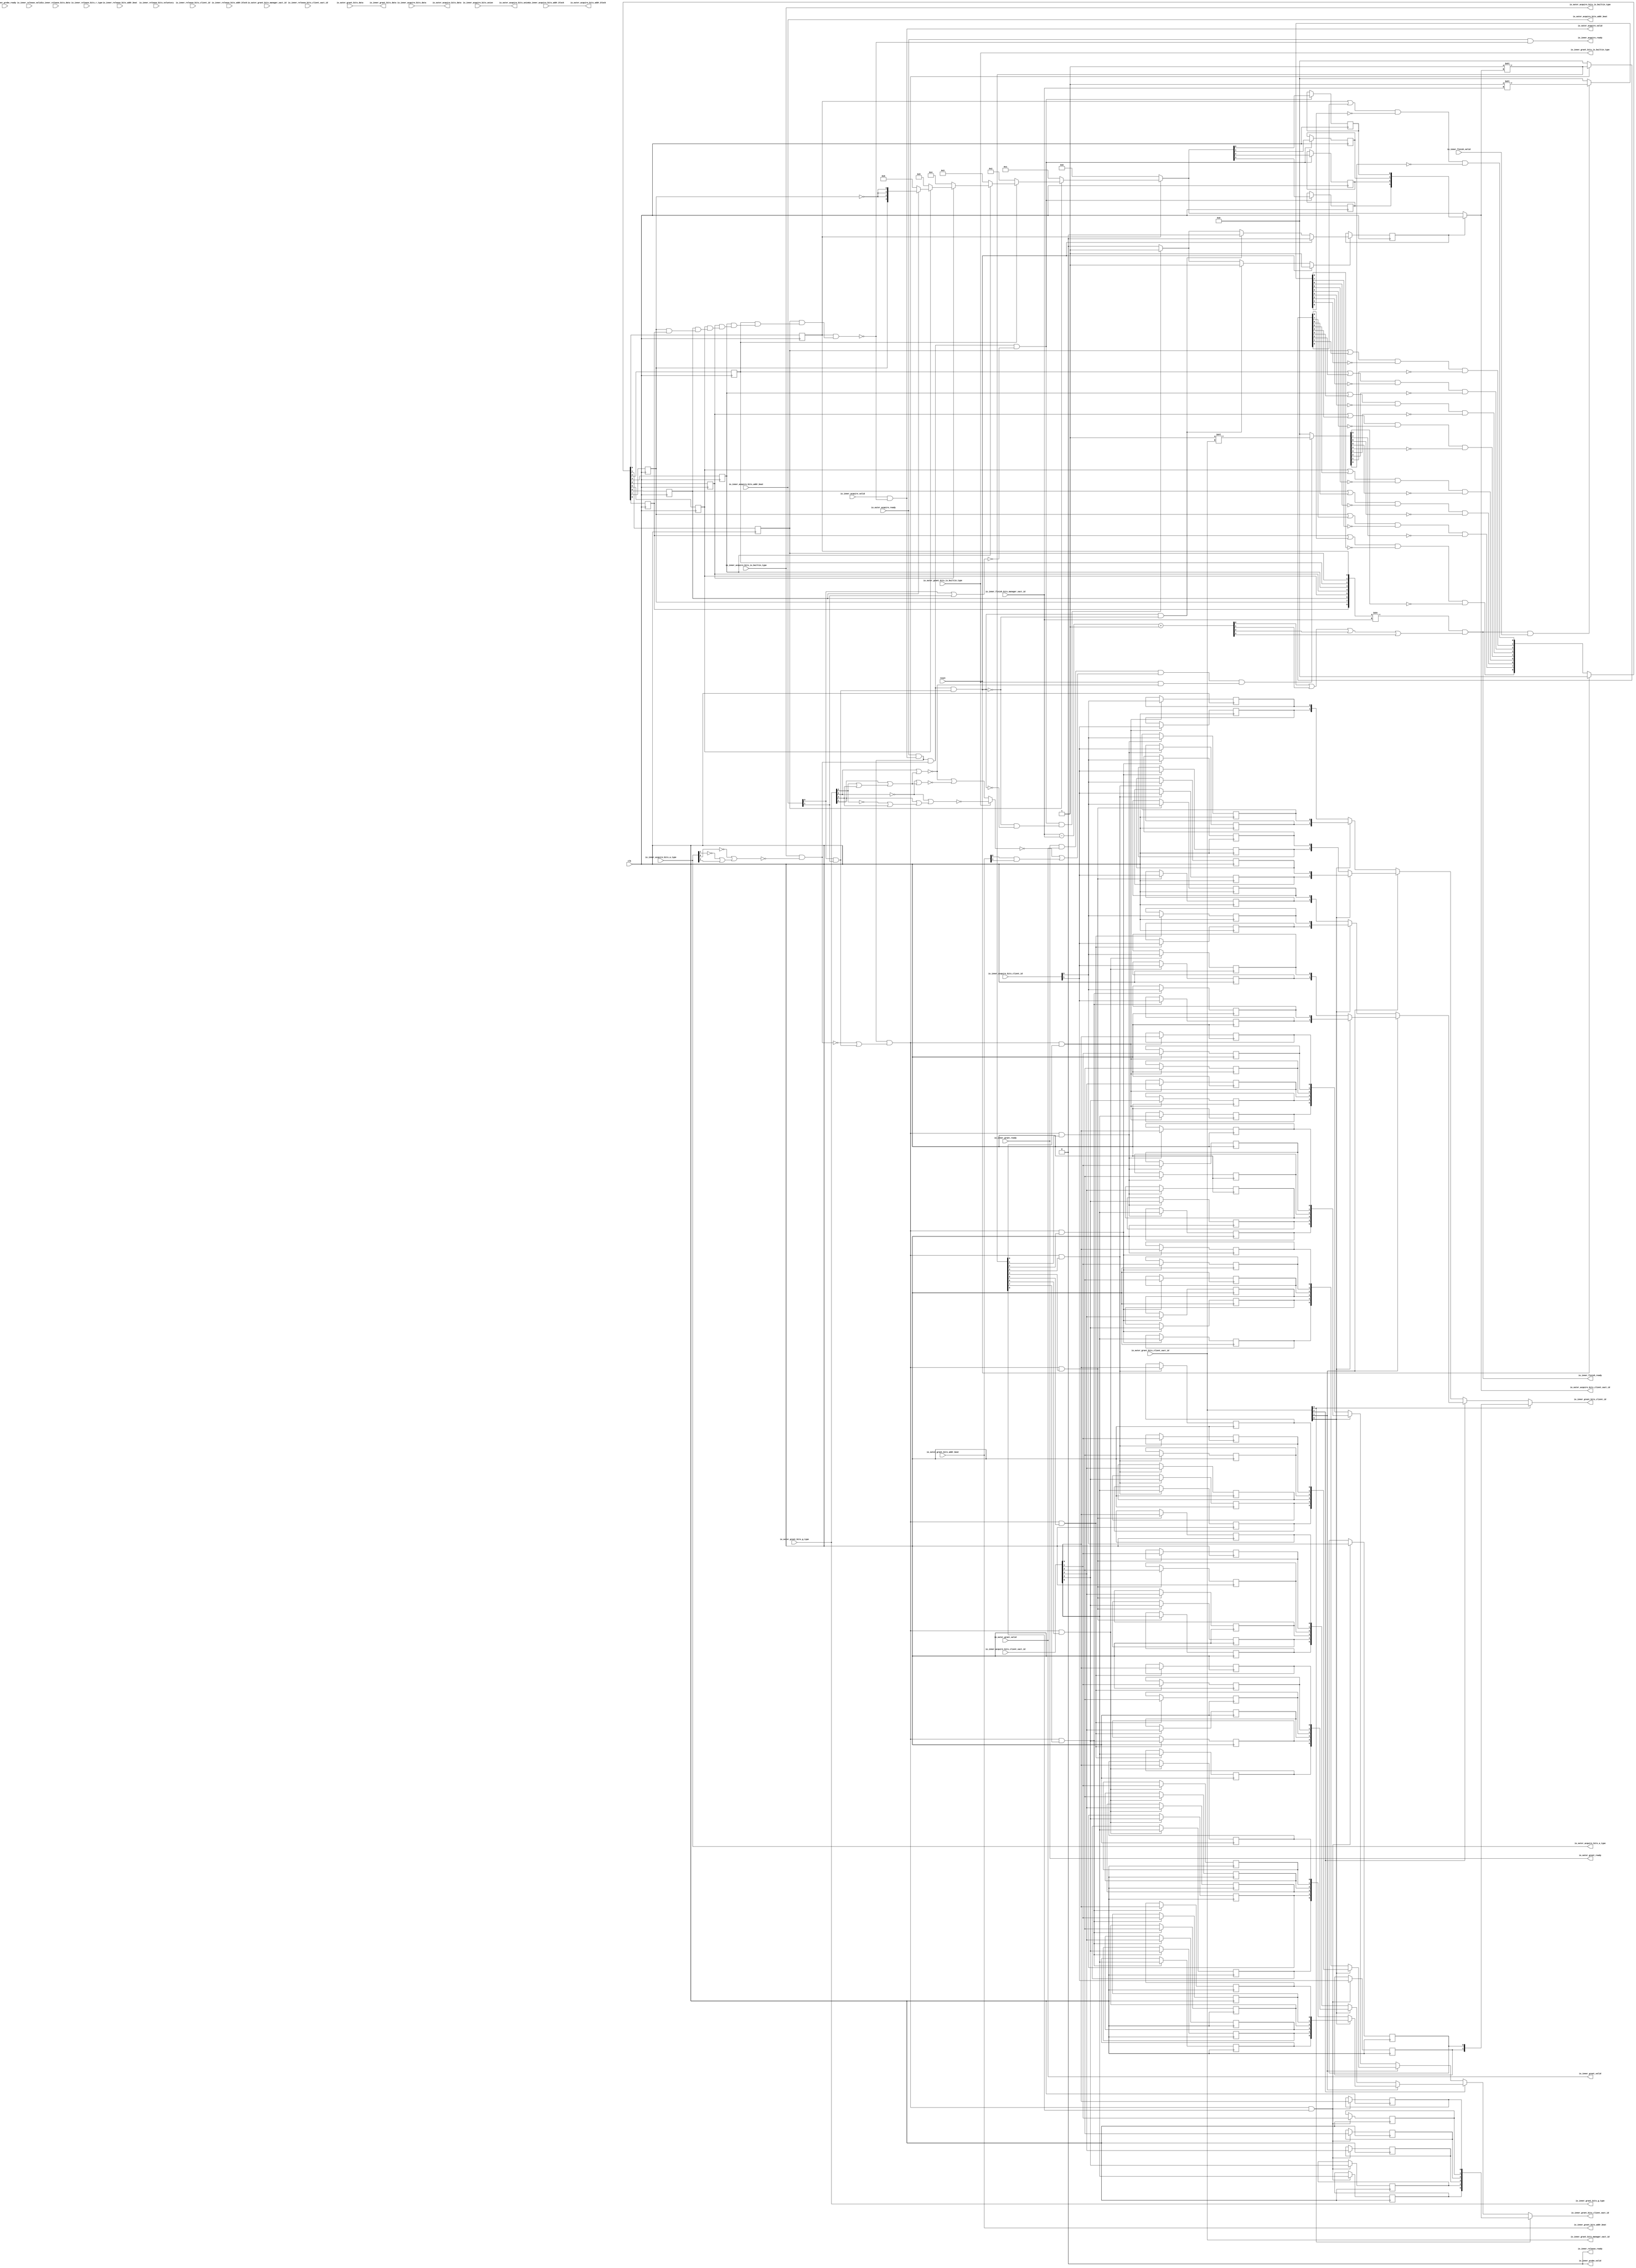
module MMIOTileLinkManager
(
  clk,
  reset,
  io_inner_acquire_ready,
  io_inner_acquire_valid,
  io_inner_acquire_bits_addr_block,
  io_inner_acquire_bits_client_xact_id,
  io_inner_acquire_bits_addr_beat,
  io_inner_acquire_bits_is_builtin_type,
  io_inner_acquire_bits_a_type,
  io_inner_acquire_bits_union,
  io_inner_acquire_bits_data,
  io_inner_acquire_bits_client_id,
  io_inner_grant_ready,
  io_inner_grant_valid,
  io_inner_grant_bits_addr_beat,
  io_inner_grant_bits_client_xact_id,
  io_inner_grant_bits_manager_xact_id,
  io_inner_grant_bits_is_builtin_type,
  io_inner_grant_bits_g_type,
  io_inner_grant_bits_data,
  io_inner_grant_bits_client_id,
  io_inner_finish_ready,
  io_inner_finish_valid,
  io_inner_finish_bits_manager_xact_id,
  io_inner_probe_ready,
  io_inner_probe_valid,
  io_inner_release_ready,
  io_inner_release_valid,
  io_inner_release_bits_addr_beat,
  io_inner_release_bits_addr_block,
  io_inner_release_bits_client_xact_id,
  io_inner_release_bits_voluntary,
  io_inner_release_bits_r_type,
  io_inner_release_bits_data,
  io_inner_release_bits_client_id,
  io_outer_acquire_ready,
  io_outer_acquire_valid,
  io_outer_acquire_bits_addr_block,
  io_outer_acquire_bits_client_xact_id,
  io_outer_acquire_bits_addr_beat,
  io_outer_acquire_bits_is_builtin_type,
  io_outer_acquire_bits_a_type,
  io_outer_acquire_bits_union,
  io_outer_acquire_bits_data,
  io_outer_grant_ready,
  io_outer_grant_valid,
  io_outer_grant_bits_addr_beat,
  io_outer_grant_bits_client_xact_id,
  io_outer_grant_bits_manager_xact_id,
  io_outer_grant_bits_is_builtin_type,
  io_outer_grant_bits_g_type,
  io_outer_grant_bits_data
);

  input [25:0] io_inner_acquire_bits_addr_block;
  input [5:0] io_inner_acquire_bits_client_xact_id;
  input [1:0] io_inner_acquire_bits_addr_beat;
  input [2:0] io_inner_acquire_bits_a_type;
  input [16:0] io_inner_acquire_bits_union;
  input [127:0] io_inner_acquire_bits_data;
  input [1:0] io_inner_acquire_bits_client_id;
  output [1:0] io_inner_grant_bits_addr_beat;
  output [5:0] io_inner_grant_bits_client_xact_id;
  output [3:0] io_inner_grant_bits_manager_xact_id;
  output [3:0] io_inner_grant_bits_g_type;
  output [127:0] io_inner_grant_bits_data;
  output [1:0] io_inner_grant_bits_client_id;
  input [3:0] io_inner_finish_bits_manager_xact_id;
  input [1:0] io_inner_release_bits_addr_beat;
  input [25:0] io_inner_release_bits_addr_block;
  input [5:0] io_inner_release_bits_client_xact_id;
  input [2:0] io_inner_release_bits_r_type;
  input [127:0] io_inner_release_bits_data;
  input [1:0] io_inner_release_bits_client_id;
  output [25:0] io_outer_acquire_bits_addr_block;
  output [3:0] io_outer_acquire_bits_client_xact_id;
  output [1:0] io_outer_acquire_bits_addr_beat;
  output [2:0] io_outer_acquire_bits_a_type;
  output [16:0] io_outer_acquire_bits_union;
  output [127:0] io_outer_acquire_bits_data;
  input [1:0] io_outer_grant_bits_addr_beat;
  input [3:0] io_outer_grant_bits_client_xact_id;
  input [3:0] io_outer_grant_bits_g_type;
  input [127:0] io_outer_grant_bits_data;
  input clk;
  input reset;
  input io_inner_acquire_valid;
  input io_inner_acquire_bits_is_builtin_type;
  input io_inner_grant_ready;
  input io_inner_finish_valid;
  input io_inner_probe_ready;
  input io_inner_release_valid;
  input io_inner_release_bits_voluntary;
  input io_outer_acquire_ready;
  input io_outer_grant_valid;
  input io_outer_grant_bits_manager_xact_id;
  input io_outer_grant_bits_is_builtin_type;
  output io_inner_acquire_ready;
  output io_inner_grant_valid;
  output io_inner_grant_bits_is_builtin_type;
  output io_inner_finish_ready;
  output io_inner_probe_valid;
  output io_inner_release_ready;
  output io_outer_acquire_valid;
  output io_outer_acquire_bits_is_builtin_type;
  output io_outer_grant_ready;
  wire [1:0] io_inner_grant_bits_addr_beat,io_inner_grant_bits_client_id,
  io_outer_acquire_bits_addr_beat,T52,T81,T53,T72,T54,T90,T82;
  wire [5:0] io_inner_grant_bits_client_xact_id,T105,T120,T106,T113,T107,T127,T121;
  wire [3:0] io_inner_grant_bits_manager_xact_id,io_inner_grant_bits_g_type,
  io_outer_acquire_bits_client_xact_id,T139,T140,T141,T142,T143,T144,T145,T48,T49;
  wire [127:0] io_inner_grant_bits_data,io_outer_acquire_bits_data;
  wire [25:0] io_outer_acquire_bits_addr_block;
  wire [2:0] io_outer_acquire_bits_a_type;
  wire [16:0] io_outer_acquire_bits_union;
  wire io_inner_acquire_ready,io_inner_grant_valid,io_inner_grant_bits_is_builtin_type,
  io_inner_finish_ready,io_inner_probe_valid,io_inner_release_ready,
  io_outer_acquire_valid,io_outer_acquire_bits_is_builtin_type,io_outer_grant_ready,N0,N1,N2,N3,
  N4,N5,N6,N7,N8,N9,N10,N11,N12,N13,N14,N15,N16,N17,N18,N19,N20,N21,N22,N23,N24,
  N25,N26,N27,N28,N29,N30,N31,N32,N33,io_outer_grant_valid,
  io_outer_grant_bits_is_builtin_type,io_inner_acquire_bits_is_builtin_type,io_inner_grant_ready,N34,N35,
  N36,N37,N38,N39,N40,N41,N42,N43,T5,N44,T10,T6,T7,T8,T19,T11,T13,T14,N45,T15,T24,
  N46,T28,N47,T34,T29,T31,T32,multibeat_start,multibeat_fire,T39,T37,multibeat_end,
  xact_free,T50,T46,T47,N48,N49,N50,N51,N52,N53,N54,T56,T60,T66,T61,T63,T64,T68,
  T74,T77,T84,T87,T92,T95,T101,T109,T111,T115,T117,T123,T125,T129,T131,T136,N55,N56,
  N57,N58,N59,N60,N61,N62,N63,N64,N65,N66,N67,N68,N69,N70,N71,N72,N73,N74,N75,N76,
  N77,N78,N79,N80,N81,N82,N83,N84,N85,N86,N87,N88,N89,N90,N91,N92,N93,N94,N95,N96,
  N97,N98,N99,N100,N101,N102,N103,N104,N105,N106,N107,SV2V_UNCONNECTED_1,
  SV2V_UNCONNECTED_2,SV2V_UNCONNECTED_3,SV2V_UNCONNECTED_4,
  SV2V_UNCONNECTED_5,SV2V_UNCONNECTED_6,SV2V_UNCONNECTED_7,SV2V_UNCONNECTED_8;
  wire [3:2] T146;
  wire [7:0] T0;
  wire [8:0] T148,T1,T20,T2,T3,T4,T25,T21,T22,T23,T26,T27,T58;
  reg [8:0] T150;
  reg [3:0] xact_id_reg;
  reg xact_multibeat;
  reg [1:0] xact_buffer_0_client_id,xact_buffer_1_client_id,xact_buffer_2_client_id,
  xact_buffer_3_client_id,xact_buffer_4_client_id,xact_buffer_5_client_id,
  xact_buffer_6_client_id,xact_buffer_7_client_id,xact_buffer_8_client_id;
  reg [5:0] xact_buffer_0_client_xact_id,xact_buffer_1_client_xact_id,
  xact_buffer_2_client_xact_id,xact_buffer_3_client_xact_id,xact_buffer_4_client_xact_id,
  xact_buffer_5_client_xact_id,xact_buffer_6_client_xact_id,xact_buffer_7_client_xact_id,
  xact_buffer_8_client_xact_id;
  assign io_inner_probe_valid = 1'b0;
  assign io_inner_release_ready = 1'b0;
  assign io_inner_grant_valid = io_outer_grant_valid;
  assign io_inner_grant_bits_addr_beat[1] = io_outer_grant_bits_addr_beat[1];
  assign io_inner_grant_bits_addr_beat[0] = io_outer_grant_bits_addr_beat[0];
  assign io_inner_grant_bits_manager_xact_id[3] = io_outer_grant_bits_client_xact_id[3];
  assign io_inner_grant_bits_manager_xact_id[2] = io_outer_grant_bits_client_xact_id[2];
  assign io_inner_grant_bits_manager_xact_id[1] = io_outer_grant_bits_client_xact_id[1];
  assign io_inner_grant_bits_manager_xact_id[0] = io_outer_grant_bits_client_xact_id[0];
  assign io_inner_grant_bits_is_builtin_type = io_outer_grant_bits_is_builtin_type;
  assign io_inner_grant_bits_g_type[3] = io_outer_grant_bits_g_type[3];
  assign io_inner_grant_bits_g_type[2] = io_outer_grant_bits_g_type[2];
  assign io_inner_grant_bits_g_type[1] = io_outer_grant_bits_g_type[1];
  assign io_inner_grant_bits_g_type[0] = io_outer_grant_bits_g_type[0];
  assign io_inner_grant_bits_data[127] = io_outer_grant_bits_data[127];
  assign io_inner_grant_bits_data[126] = io_outer_grant_bits_data[126];
  assign io_inner_grant_bits_data[125] = io_outer_grant_bits_data[125];
  assign io_inner_grant_bits_data[124] = io_outer_grant_bits_data[124];
  assign io_inner_grant_bits_data[123] = io_outer_grant_bits_data[123];
  assign io_inner_grant_bits_data[122] = io_outer_grant_bits_data[122];
  assign io_inner_grant_bits_data[121] = io_outer_grant_bits_data[121];
  assign io_inner_grant_bits_data[120] = io_outer_grant_bits_data[120];
  assign io_inner_grant_bits_data[119] = io_outer_grant_bits_data[119];
  assign io_inner_grant_bits_data[118] = io_outer_grant_bits_data[118];
  assign io_inner_grant_bits_data[117] = io_outer_grant_bits_data[117];
  assign io_inner_grant_bits_data[116] = io_outer_grant_bits_data[116];
  assign io_inner_grant_bits_data[115] = io_outer_grant_bits_data[115];
  assign io_inner_grant_bits_data[114] = io_outer_grant_bits_data[114];
  assign io_inner_grant_bits_data[113] = io_outer_grant_bits_data[113];
  assign io_inner_grant_bits_data[112] = io_outer_grant_bits_data[112];
  assign io_inner_grant_bits_data[111] = io_outer_grant_bits_data[111];
  assign io_inner_grant_bits_data[110] = io_outer_grant_bits_data[110];
  assign io_inner_grant_bits_data[109] = io_outer_grant_bits_data[109];
  assign io_inner_grant_bits_data[108] = io_outer_grant_bits_data[108];
  assign io_inner_grant_bits_data[107] = io_outer_grant_bits_data[107];
  assign io_inner_grant_bits_data[106] = io_outer_grant_bits_data[106];
  assign io_inner_grant_bits_data[105] = io_outer_grant_bits_data[105];
  assign io_inner_grant_bits_data[104] = io_outer_grant_bits_data[104];
  assign io_inner_grant_bits_data[103] = io_outer_grant_bits_data[103];
  assign io_inner_grant_bits_data[102] = io_outer_grant_bits_data[102];
  assign io_inner_grant_bits_data[101] = io_outer_grant_bits_data[101];
  assign io_inner_grant_bits_data[100] = io_outer_grant_bits_data[100];
  assign io_inner_grant_bits_data[99] = io_outer_grant_bits_data[99];
  assign io_inner_grant_bits_data[98] = io_outer_grant_bits_data[98];
  assign io_inner_grant_bits_data[97] = io_outer_grant_bits_data[97];
  assign io_inner_grant_bits_data[96] = io_outer_grant_bits_data[96];
  assign io_inner_grant_bits_data[95] = io_outer_grant_bits_data[95];
  assign io_inner_grant_bits_data[94] = io_outer_grant_bits_data[94];
  assign io_inner_grant_bits_data[93] = io_outer_grant_bits_data[93];
  assign io_inner_grant_bits_data[92] = io_outer_grant_bits_data[92];
  assign io_inner_grant_bits_data[91] = io_outer_grant_bits_data[91];
  assign io_inner_grant_bits_data[90] = io_outer_grant_bits_data[90];
  assign io_inner_grant_bits_data[89] = io_outer_grant_bits_data[89];
  assign io_inner_grant_bits_data[88] = io_outer_grant_bits_data[88];
  assign io_inner_grant_bits_data[87] = io_outer_grant_bits_data[87];
  assign io_inner_grant_bits_data[86] = io_outer_grant_bits_data[86];
  assign io_inner_grant_bits_data[85] = io_outer_grant_bits_data[85];
  assign io_inner_grant_bits_data[84] = io_outer_grant_bits_data[84];
  assign io_inner_grant_bits_data[83] = io_outer_grant_bits_data[83];
  assign io_inner_grant_bits_data[82] = io_outer_grant_bits_data[82];
  assign io_inner_grant_bits_data[81] = io_outer_grant_bits_data[81];
  assign io_inner_grant_bits_data[80] = io_outer_grant_bits_data[80];
  assign io_inner_grant_bits_data[79] = io_outer_grant_bits_data[79];
  assign io_inner_grant_bits_data[78] = io_outer_grant_bits_data[78];
  assign io_inner_grant_bits_data[77] = io_outer_grant_bits_data[77];
  assign io_inner_grant_bits_data[76] = io_outer_grant_bits_data[76];
  assign io_inner_grant_bits_data[75] = io_outer_grant_bits_data[75];
  assign io_inner_grant_bits_data[74] = io_outer_grant_bits_data[74];
  assign io_inner_grant_bits_data[73] = io_outer_grant_bits_data[73];
  assign io_inner_grant_bits_data[72] = io_outer_grant_bits_data[72];
  assign io_inner_grant_bits_data[71] = io_outer_grant_bits_data[71];
  assign io_inner_grant_bits_data[70] = io_outer_grant_bits_data[70];
  assign io_inner_grant_bits_data[69] = io_outer_grant_bits_data[69];
  assign io_inner_grant_bits_data[68] = io_outer_grant_bits_data[68];
  assign io_inner_grant_bits_data[67] = io_outer_grant_bits_data[67];
  assign io_inner_grant_bits_data[66] = io_outer_grant_bits_data[66];
  assign io_inner_grant_bits_data[65] = io_outer_grant_bits_data[65];
  assign io_inner_grant_bits_data[64] = io_outer_grant_bits_data[64];
  assign io_inner_grant_bits_data[63] = io_outer_grant_bits_data[63];
  assign io_inner_grant_bits_data[62] = io_outer_grant_bits_data[62];
  assign io_inner_grant_bits_data[61] = io_outer_grant_bits_data[61];
  assign io_inner_grant_bits_data[60] = io_outer_grant_bits_data[60];
  assign io_inner_grant_bits_data[59] = io_outer_grant_bits_data[59];
  assign io_inner_grant_bits_data[58] = io_outer_grant_bits_data[58];
  assign io_inner_grant_bits_data[57] = io_outer_grant_bits_data[57];
  assign io_inner_grant_bits_data[56] = io_outer_grant_bits_data[56];
  assign io_inner_grant_bits_data[55] = io_outer_grant_bits_data[55];
  assign io_inner_grant_bits_data[54] = io_outer_grant_bits_data[54];
  assign io_inner_grant_bits_data[53] = io_outer_grant_bits_data[53];
  assign io_inner_grant_bits_data[52] = io_outer_grant_bits_data[52];
  assign io_inner_grant_bits_data[51] = io_outer_grant_bits_data[51];
  assign io_inner_grant_bits_data[50] = io_outer_grant_bits_data[50];
  assign io_inner_grant_bits_data[49] = io_outer_grant_bits_data[49];
  assign io_inner_grant_bits_data[48] = io_outer_grant_bits_data[48];
  assign io_inner_grant_bits_data[47] = io_outer_grant_bits_data[47];
  assign io_inner_grant_bits_data[46] = io_outer_grant_bits_data[46];
  assign io_inner_grant_bits_data[45] = io_outer_grant_bits_data[45];
  assign io_inner_grant_bits_data[44] = io_outer_grant_bits_data[44];
  assign io_inner_grant_bits_data[43] = io_outer_grant_bits_data[43];
  assign io_inner_grant_bits_data[42] = io_outer_grant_bits_data[42];
  assign io_inner_grant_bits_data[41] = io_outer_grant_bits_data[41];
  assign io_inner_grant_bits_data[40] = io_outer_grant_bits_data[40];
  assign io_inner_grant_bits_data[39] = io_outer_grant_bits_data[39];
  assign io_inner_grant_bits_data[38] = io_outer_grant_bits_data[38];
  assign io_inner_grant_bits_data[37] = io_outer_grant_bits_data[37];
  assign io_inner_grant_bits_data[36] = io_outer_grant_bits_data[36];
  assign io_inner_grant_bits_data[35] = io_outer_grant_bits_data[35];
  assign io_inner_grant_bits_data[34] = io_outer_grant_bits_data[34];
  assign io_inner_grant_bits_data[33] = io_outer_grant_bits_data[33];
  assign io_inner_grant_bits_data[32] = io_outer_grant_bits_data[32];
  assign io_inner_grant_bits_data[31] = io_outer_grant_bits_data[31];
  assign io_inner_grant_bits_data[30] = io_outer_grant_bits_data[30];
  assign io_inner_grant_bits_data[29] = io_outer_grant_bits_data[29];
  assign io_inner_grant_bits_data[28] = io_outer_grant_bits_data[28];
  assign io_inner_grant_bits_data[27] = io_outer_grant_bits_data[27];
  assign io_inner_grant_bits_data[26] = io_outer_grant_bits_data[26];
  assign io_inner_grant_bits_data[25] = io_outer_grant_bits_data[25];
  assign io_inner_grant_bits_data[24] = io_outer_grant_bits_data[24];
  assign io_inner_grant_bits_data[23] = io_outer_grant_bits_data[23];
  assign io_inner_grant_bits_data[22] = io_outer_grant_bits_data[22];
  assign io_inner_grant_bits_data[21] = io_outer_grant_bits_data[21];
  assign io_inner_grant_bits_data[20] = io_outer_grant_bits_data[20];
  assign io_inner_grant_bits_data[19] = io_outer_grant_bits_data[19];
  assign io_inner_grant_bits_data[18] = io_outer_grant_bits_data[18];
  assign io_inner_grant_bits_data[17] = io_outer_grant_bits_data[17];
  assign io_inner_grant_bits_data[16] = io_outer_grant_bits_data[16];
  assign io_inner_grant_bits_data[15] = io_outer_grant_bits_data[15];
  assign io_inner_grant_bits_data[14] = io_outer_grant_bits_data[14];
  assign io_inner_grant_bits_data[13] = io_outer_grant_bits_data[13];
  assign io_inner_grant_bits_data[12] = io_outer_grant_bits_data[12];
  assign io_inner_grant_bits_data[11] = io_outer_grant_bits_data[11];
  assign io_inner_grant_bits_data[10] = io_outer_grant_bits_data[10];
  assign io_inner_grant_bits_data[9] = io_outer_grant_bits_data[9];
  assign io_inner_grant_bits_data[8] = io_outer_grant_bits_data[8];
  assign io_inner_grant_bits_data[7] = io_outer_grant_bits_data[7];
  assign io_inner_grant_bits_data[6] = io_outer_grant_bits_data[6];
  assign io_inner_grant_bits_data[5] = io_outer_grant_bits_data[5];
  assign io_inner_grant_bits_data[4] = io_outer_grant_bits_data[4];
  assign io_inner_grant_bits_data[3] = io_outer_grant_bits_data[3];
  assign io_inner_grant_bits_data[2] = io_outer_grant_bits_data[2];
  assign io_inner_grant_bits_data[1] = io_outer_grant_bits_data[1];
  assign io_inner_grant_bits_data[0] = io_outer_grant_bits_data[0];
  assign io_outer_acquire_bits_addr_block[25] = io_inner_acquire_bits_addr_block[25];
  assign io_outer_acquire_bits_addr_block[24] = io_inner_acquire_bits_addr_block[24];
  assign io_outer_acquire_bits_addr_block[23] = io_inner_acquire_bits_addr_block[23];
  assign io_outer_acquire_bits_addr_block[22] = io_inner_acquire_bits_addr_block[22];
  assign io_outer_acquire_bits_addr_block[21] = io_inner_acquire_bits_addr_block[21];
  assign io_outer_acquire_bits_addr_block[20] = io_inner_acquire_bits_addr_block[20];
  assign io_outer_acquire_bits_addr_block[19] = io_inner_acquire_bits_addr_block[19];
  assign io_outer_acquire_bits_addr_block[18] = io_inner_acquire_bits_addr_block[18];
  assign io_outer_acquire_bits_addr_block[17] = io_inner_acquire_bits_addr_block[17];
  assign io_outer_acquire_bits_addr_block[16] = io_inner_acquire_bits_addr_block[16];
  assign io_outer_acquire_bits_addr_block[15] = io_inner_acquire_bits_addr_block[15];
  assign io_outer_acquire_bits_addr_block[14] = io_inner_acquire_bits_addr_block[14];
  assign io_outer_acquire_bits_addr_block[13] = io_inner_acquire_bits_addr_block[13];
  assign io_outer_acquire_bits_addr_block[12] = io_inner_acquire_bits_addr_block[12];
  assign io_outer_acquire_bits_addr_block[11] = io_inner_acquire_bits_addr_block[11];
  assign io_outer_acquire_bits_addr_block[10] = io_inner_acquire_bits_addr_block[10];
  assign io_outer_acquire_bits_addr_block[9] = io_inner_acquire_bits_addr_block[9];
  assign io_outer_acquire_bits_addr_block[8] = io_inner_acquire_bits_addr_block[8];
  assign io_outer_acquire_bits_addr_block[7] = io_inner_acquire_bits_addr_block[7];
  assign io_outer_acquire_bits_addr_block[6] = io_inner_acquire_bits_addr_block[6];
  assign io_outer_acquire_bits_addr_block[5] = io_inner_acquire_bits_addr_block[5];
  assign io_outer_acquire_bits_addr_block[4] = io_inner_acquire_bits_addr_block[4];
  assign io_outer_acquire_bits_addr_block[3] = io_inner_acquire_bits_addr_block[3];
  assign io_outer_acquire_bits_addr_block[2] = io_inner_acquire_bits_addr_block[2];
  assign io_outer_acquire_bits_addr_block[1] = io_inner_acquire_bits_addr_block[1];
  assign io_outer_acquire_bits_addr_block[0] = io_inner_acquire_bits_addr_block[0];
  assign io_outer_acquire_bits_addr_beat[1] = io_inner_acquire_bits_addr_beat[1];
  assign io_outer_acquire_bits_addr_beat[0] = io_inner_acquire_bits_addr_beat[0];
  assign io_outer_acquire_bits_is_builtin_type = io_inner_acquire_bits_is_builtin_type;
  assign io_outer_acquire_bits_a_type[2] = io_inner_acquire_bits_a_type[2];
  assign io_outer_acquire_bits_a_type[1] = io_inner_acquire_bits_a_type[1];
  assign io_outer_acquire_bits_a_type[0] = io_inner_acquire_bits_a_type[0];
  assign io_outer_acquire_bits_union[16] = io_inner_acquire_bits_union[16];
  assign io_outer_acquire_bits_union[15] = io_inner_acquire_bits_union[15];
  assign io_outer_acquire_bits_union[14] = io_inner_acquire_bits_union[14];
  assign io_outer_acquire_bits_union[13] = io_inner_acquire_bits_union[13];
  assign io_outer_acquire_bits_union[12] = io_inner_acquire_bits_union[12];
  assign io_outer_acquire_bits_union[11] = io_inner_acquire_bits_union[11];
  assign io_outer_acquire_bits_union[10] = io_inner_acquire_bits_union[10];
  assign io_outer_acquire_bits_union[9] = io_inner_acquire_bits_union[9];
  assign io_outer_acquire_bits_union[8] = io_inner_acquire_bits_union[8];
  assign io_outer_acquire_bits_union[7] = io_inner_acquire_bits_union[7];
  assign io_outer_acquire_bits_union[6] = io_inner_acquire_bits_union[6];
  assign io_outer_acquire_bits_union[5] = io_inner_acquire_bits_union[5];
  assign io_outer_acquire_bits_union[4] = io_inner_acquire_bits_union[4];
  assign io_outer_acquire_bits_union[3] = io_inner_acquire_bits_union[3];
  assign io_outer_acquire_bits_union[2] = io_inner_acquire_bits_union[2];
  assign io_outer_acquire_bits_union[1] = io_inner_acquire_bits_union[1];
  assign io_outer_acquire_bits_union[0] = io_inner_acquire_bits_union[0];
  assign io_outer_acquire_bits_data[127] = io_inner_acquire_bits_data[127];
  assign io_outer_acquire_bits_data[126] = io_inner_acquire_bits_data[126];
  assign io_outer_acquire_bits_data[125] = io_inner_acquire_bits_data[125];
  assign io_outer_acquire_bits_data[124] = io_inner_acquire_bits_data[124];
  assign io_outer_acquire_bits_data[123] = io_inner_acquire_bits_data[123];
  assign io_outer_acquire_bits_data[122] = io_inner_acquire_bits_data[122];
  assign io_outer_acquire_bits_data[121] = io_inner_acquire_bits_data[121];
  assign io_outer_acquire_bits_data[120] = io_inner_acquire_bits_data[120];
  assign io_outer_acquire_bits_data[119] = io_inner_acquire_bits_data[119];
  assign io_outer_acquire_bits_data[118] = io_inner_acquire_bits_data[118];
  assign io_outer_acquire_bits_data[117] = io_inner_acquire_bits_data[117];
  assign io_outer_acquire_bits_data[116] = io_inner_acquire_bits_data[116];
  assign io_outer_acquire_bits_data[115] = io_inner_acquire_bits_data[115];
  assign io_outer_acquire_bits_data[114] = io_inner_acquire_bits_data[114];
  assign io_outer_acquire_bits_data[113] = io_inner_acquire_bits_data[113];
  assign io_outer_acquire_bits_data[112] = io_inner_acquire_bits_data[112];
  assign io_outer_acquire_bits_data[111] = io_inner_acquire_bits_data[111];
  assign io_outer_acquire_bits_data[110] = io_inner_acquire_bits_data[110];
  assign io_outer_acquire_bits_data[109] = io_inner_acquire_bits_data[109];
  assign io_outer_acquire_bits_data[108] = io_inner_acquire_bits_data[108];
  assign io_outer_acquire_bits_data[107] = io_inner_acquire_bits_data[107];
  assign io_outer_acquire_bits_data[106] = io_inner_acquire_bits_data[106];
  assign io_outer_acquire_bits_data[105] = io_inner_acquire_bits_data[105];
  assign io_outer_acquire_bits_data[104] = io_inner_acquire_bits_data[104];
  assign io_outer_acquire_bits_data[103] = io_inner_acquire_bits_data[103];
  assign io_outer_acquire_bits_data[102] = io_inner_acquire_bits_data[102];
  assign io_outer_acquire_bits_data[101] = io_inner_acquire_bits_data[101];
  assign io_outer_acquire_bits_data[100] = io_inner_acquire_bits_data[100];
  assign io_outer_acquire_bits_data[99] = io_inner_acquire_bits_data[99];
  assign io_outer_acquire_bits_data[98] = io_inner_acquire_bits_data[98];
  assign io_outer_acquire_bits_data[97] = io_inner_acquire_bits_data[97];
  assign io_outer_acquire_bits_data[96] = io_inner_acquire_bits_data[96];
  assign io_outer_acquire_bits_data[95] = io_inner_acquire_bits_data[95];
  assign io_outer_acquire_bits_data[94] = io_inner_acquire_bits_data[94];
  assign io_outer_acquire_bits_data[93] = io_inner_acquire_bits_data[93];
  assign io_outer_acquire_bits_data[92] = io_inner_acquire_bits_data[92];
  assign io_outer_acquire_bits_data[91] = io_inner_acquire_bits_data[91];
  assign io_outer_acquire_bits_data[90] = io_inner_acquire_bits_data[90];
  assign io_outer_acquire_bits_data[89] = io_inner_acquire_bits_data[89];
  assign io_outer_acquire_bits_data[88] = io_inner_acquire_bits_data[88];
  assign io_outer_acquire_bits_data[87] = io_inner_acquire_bits_data[87];
  assign io_outer_acquire_bits_data[86] = io_inner_acquire_bits_data[86];
  assign io_outer_acquire_bits_data[85] = io_inner_acquire_bits_data[85];
  assign io_outer_acquire_bits_data[84] = io_inner_acquire_bits_data[84];
  assign io_outer_acquire_bits_data[83] = io_inner_acquire_bits_data[83];
  assign io_outer_acquire_bits_data[82] = io_inner_acquire_bits_data[82];
  assign io_outer_acquire_bits_data[81] = io_inner_acquire_bits_data[81];
  assign io_outer_acquire_bits_data[80] = io_inner_acquire_bits_data[80];
  assign io_outer_acquire_bits_data[79] = io_inner_acquire_bits_data[79];
  assign io_outer_acquire_bits_data[78] = io_inner_acquire_bits_data[78];
  assign io_outer_acquire_bits_data[77] = io_inner_acquire_bits_data[77];
  assign io_outer_acquire_bits_data[76] = io_inner_acquire_bits_data[76];
  assign io_outer_acquire_bits_data[75] = io_inner_acquire_bits_data[75];
  assign io_outer_acquire_bits_data[74] = io_inner_acquire_bits_data[74];
  assign io_outer_acquire_bits_data[73] = io_inner_acquire_bits_data[73];
  assign io_outer_acquire_bits_data[72] = io_inner_acquire_bits_data[72];
  assign io_outer_acquire_bits_data[71] = io_inner_acquire_bits_data[71];
  assign io_outer_acquire_bits_data[70] = io_inner_acquire_bits_data[70];
  assign io_outer_acquire_bits_data[69] = io_inner_acquire_bits_data[69];
  assign io_outer_acquire_bits_data[68] = io_inner_acquire_bits_data[68];
  assign io_outer_acquire_bits_data[67] = io_inner_acquire_bits_data[67];
  assign io_outer_acquire_bits_data[66] = io_inner_acquire_bits_data[66];
  assign io_outer_acquire_bits_data[65] = io_inner_acquire_bits_data[65];
  assign io_outer_acquire_bits_data[64] = io_inner_acquire_bits_data[64];
  assign io_outer_acquire_bits_data[63] = io_inner_acquire_bits_data[63];
  assign io_outer_acquire_bits_data[62] = io_inner_acquire_bits_data[62];
  assign io_outer_acquire_bits_data[61] = io_inner_acquire_bits_data[61];
  assign io_outer_acquire_bits_data[60] = io_inner_acquire_bits_data[60];
  assign io_outer_acquire_bits_data[59] = io_inner_acquire_bits_data[59];
  assign io_outer_acquire_bits_data[58] = io_inner_acquire_bits_data[58];
  assign io_outer_acquire_bits_data[57] = io_inner_acquire_bits_data[57];
  assign io_outer_acquire_bits_data[56] = io_inner_acquire_bits_data[56];
  assign io_outer_acquire_bits_data[55] = io_inner_acquire_bits_data[55];
  assign io_outer_acquire_bits_data[54] = io_inner_acquire_bits_data[54];
  assign io_outer_acquire_bits_data[53] = io_inner_acquire_bits_data[53];
  assign io_outer_acquire_bits_data[52] = io_inner_acquire_bits_data[52];
  assign io_outer_acquire_bits_data[51] = io_inner_acquire_bits_data[51];
  assign io_outer_acquire_bits_data[50] = io_inner_acquire_bits_data[50];
  assign io_outer_acquire_bits_data[49] = io_inner_acquire_bits_data[49];
  assign io_outer_acquire_bits_data[48] = io_inner_acquire_bits_data[48];
  assign io_outer_acquire_bits_data[47] = io_inner_acquire_bits_data[47];
  assign io_outer_acquire_bits_data[46] = io_inner_acquire_bits_data[46];
  assign io_outer_acquire_bits_data[45] = io_inner_acquire_bits_data[45];
  assign io_outer_acquire_bits_data[44] = io_inner_acquire_bits_data[44];
  assign io_outer_acquire_bits_data[43] = io_inner_acquire_bits_data[43];
  assign io_outer_acquire_bits_data[42] = io_inner_acquire_bits_data[42];
  assign io_outer_acquire_bits_data[41] = io_inner_acquire_bits_data[41];
  assign io_outer_acquire_bits_data[40] = io_inner_acquire_bits_data[40];
  assign io_outer_acquire_bits_data[39] = io_inner_acquire_bits_data[39];
  assign io_outer_acquire_bits_data[38] = io_inner_acquire_bits_data[38];
  assign io_outer_acquire_bits_data[37] = io_inner_acquire_bits_data[37];
  assign io_outer_acquire_bits_data[36] = io_inner_acquire_bits_data[36];
  assign io_outer_acquire_bits_data[35] = io_inner_acquire_bits_data[35];
  assign io_outer_acquire_bits_data[34] = io_inner_acquire_bits_data[34];
  assign io_outer_acquire_bits_data[33] = io_inner_acquire_bits_data[33];
  assign io_outer_acquire_bits_data[32] = io_inner_acquire_bits_data[32];
  assign io_outer_acquire_bits_data[31] = io_inner_acquire_bits_data[31];
  assign io_outer_acquire_bits_data[30] = io_inner_acquire_bits_data[30];
  assign io_outer_acquire_bits_data[29] = io_inner_acquire_bits_data[29];
  assign io_outer_acquire_bits_data[28] = io_inner_acquire_bits_data[28];
  assign io_outer_acquire_bits_data[27] = io_inner_acquire_bits_data[27];
  assign io_outer_acquire_bits_data[26] = io_inner_acquire_bits_data[26];
  assign io_outer_acquire_bits_data[25] = io_inner_acquire_bits_data[25];
  assign io_outer_acquire_bits_data[24] = io_inner_acquire_bits_data[24];
  assign io_outer_acquire_bits_data[23] = io_inner_acquire_bits_data[23];
  assign io_outer_acquire_bits_data[22] = io_inner_acquire_bits_data[22];
  assign io_outer_acquire_bits_data[21] = io_inner_acquire_bits_data[21];
  assign io_outer_acquire_bits_data[20] = io_inner_acquire_bits_data[20];
  assign io_outer_acquire_bits_data[19] = io_inner_acquire_bits_data[19];
  assign io_outer_acquire_bits_data[18] = io_inner_acquire_bits_data[18];
  assign io_outer_acquire_bits_data[17] = io_inner_acquire_bits_data[17];
  assign io_outer_acquire_bits_data[16] = io_inner_acquire_bits_data[16];
  assign io_outer_acquire_bits_data[15] = io_inner_acquire_bits_data[15];
  assign io_outer_acquire_bits_data[14] = io_inner_acquire_bits_data[14];
  assign io_outer_acquire_bits_data[13] = io_inner_acquire_bits_data[13];
  assign io_outer_acquire_bits_data[12] = io_inner_acquire_bits_data[12];
  assign io_outer_acquire_bits_data[11] = io_inner_acquire_bits_data[11];
  assign io_outer_acquire_bits_data[10] = io_inner_acquire_bits_data[10];
  assign io_outer_acquire_bits_data[9] = io_inner_acquire_bits_data[9];
  assign io_outer_acquire_bits_data[8] = io_inner_acquire_bits_data[8];
  assign io_outer_acquire_bits_data[7] = io_inner_acquire_bits_data[7];
  assign io_outer_acquire_bits_data[6] = io_inner_acquire_bits_data[6];
  assign io_outer_acquire_bits_data[5] = io_inner_acquire_bits_data[5];
  assign io_outer_acquire_bits_data[4] = io_inner_acquire_bits_data[4];
  assign io_outer_acquire_bits_data[3] = io_inner_acquire_bits_data[3];
  assign io_outer_acquire_bits_data[2] = io_inner_acquire_bits_data[2];
  assign io_outer_acquire_bits_data[1] = io_inner_acquire_bits_data[1];
  assign io_outer_acquire_bits_data[0] = io_inner_acquire_bits_data[0];
  assign io_outer_grant_ready = io_inner_grant_ready;
  assign { SV2V_UNCONNECTED_1, SV2V_UNCONNECTED_2, SV2V_UNCONNECTED_3, SV2V_UNCONNECTED_4, SV2V_UNCONNECTED_5, SV2V_UNCONNECTED_6, SV2V_UNCONNECTED_7, SV2V_UNCONNECTED_8, T50 } = T150 >> io_inner_finish_bits_manager_xact_id;

  always @(posedge clk) begin
    if(1'b1) begin
      T150[8] <= T148[8];
    end 
  end


  always @(posedge clk) begin
    if(1'b1) begin
      T150[7] <= T148[7];
    end 
  end


  always @(posedge clk) begin
    if(1'b1) begin
      T150[6] <= T148[6];
    end 
  end


  always @(posedge clk) begin
    if(1'b1) begin
      T150[5] <= T148[5];
    end 
  end


  always @(posedge clk) begin
    if(1'b1) begin
      T150[4] <= T148[4];
    end 
  end


  always @(posedge clk) begin
    if(1'b1) begin
      T150[3] <= T148[3];
    end 
  end


  always @(posedge clk) begin
    if(1'b1) begin
      T150[2] <= T148[2];
    end 
  end


  always @(posedge clk) begin
    if(1'b1) begin
      T150[1] <= T148[1];
    end 
  end


  always @(posedge clk) begin
    if(1'b1) begin
      T150[0] <= T148[0];
    end 
  end


  always @(posedge clk) begin
    if(multibeat_start) begin
      xact_id_reg[3] <= T139[3];
    end 
  end


  always @(posedge clk) begin
    if(multibeat_start) begin
      xact_id_reg[2] <= T139[2];
    end 
  end


  always @(posedge clk) begin
    if(multibeat_start) begin
      xact_id_reg[1] <= T139[1];
    end 
  end


  always @(posedge clk) begin
    if(multibeat_start) begin
      xact_id_reg[0] <= T139[0];
    end 
  end


  always @(posedge clk) begin
    if(N58) begin
      xact_multibeat <= N59;
    end 
  end


  always @(posedge clk) begin
    if(T56) begin
      xact_buffer_0_client_id[1] <= io_inner_acquire_bits_client_id[1];
    end 
  end


  always @(posedge clk) begin
    if(T56) begin
      xact_buffer_0_client_id[0] <= io_inner_acquire_bits_client_id[0];
    end 
  end


  always @(posedge clk) begin
    if(T68) begin
      xact_buffer_1_client_id[1] <= io_inner_acquire_bits_client_id[1];
    end 
  end


  always @(posedge clk) begin
    if(T68) begin
      xact_buffer_1_client_id[0] <= io_inner_acquire_bits_client_id[0];
    end 
  end


  always @(posedge clk) begin
    if(T74) begin
      xact_buffer_2_client_id[1] <= io_inner_acquire_bits_client_id[1];
    end 
  end


  always @(posedge clk) begin
    if(T74) begin
      xact_buffer_2_client_id[0] <= io_inner_acquire_bits_client_id[0];
    end 
  end


  always @(posedge clk) begin
    if(T77) begin
      xact_buffer_3_client_id[1] <= io_inner_acquire_bits_client_id[1];
    end 
  end


  always @(posedge clk) begin
    if(T77) begin
      xact_buffer_3_client_id[0] <= io_inner_acquire_bits_client_id[0];
    end 
  end


  always @(posedge clk) begin
    if(T84) begin
      xact_buffer_4_client_id[1] <= io_inner_acquire_bits_client_id[1];
    end 
  end


  always @(posedge clk) begin
    if(T84) begin
      xact_buffer_4_client_id[0] <= io_inner_acquire_bits_client_id[0];
    end 
  end


  always @(posedge clk) begin
    if(T87) begin
      xact_buffer_5_client_id[1] <= io_inner_acquire_bits_client_id[1];
    end 
  end


  always @(posedge clk) begin
    if(T87) begin
      xact_buffer_5_client_id[0] <= io_inner_acquire_bits_client_id[0];
    end 
  end


  always @(posedge clk) begin
    if(T92) begin
      xact_buffer_6_client_id[1] <= io_inner_acquire_bits_client_id[1];
    end 
  end


  always @(posedge clk) begin
    if(T92) begin
      xact_buffer_6_client_id[0] <= io_inner_acquire_bits_client_id[0];
    end 
  end


  always @(posedge clk) begin
    if(T95) begin
      xact_buffer_7_client_id[1] <= io_inner_acquire_bits_client_id[1];
    end 
  end


  always @(posedge clk) begin
    if(T95) begin
      xact_buffer_7_client_id[0] <= io_inner_acquire_bits_client_id[0];
    end 
  end


  always @(posedge clk) begin
    if(T101) begin
      xact_buffer_8_client_id[1] <= io_inner_acquire_bits_client_id[1];
    end 
  end


  always @(posedge clk) begin
    if(T101) begin
      xact_buffer_8_client_id[0] <= io_inner_acquire_bits_client_id[0];
    end 
  end


  always @(posedge clk) begin
    if(T109) begin
      xact_buffer_0_client_xact_id[5] <= io_inner_acquire_bits_client_xact_id[5];
    end 
  end


  always @(posedge clk) begin
    if(T109) begin
      xact_buffer_0_client_xact_id[4] <= io_inner_acquire_bits_client_xact_id[4];
    end 
  end


  always @(posedge clk) begin
    if(T109) begin
      xact_buffer_0_client_xact_id[3] <= io_inner_acquire_bits_client_xact_id[3];
    end 
  end


  always @(posedge clk) begin
    if(T109) begin
      xact_buffer_0_client_xact_id[2] <= io_inner_acquire_bits_client_xact_id[2];
    end 
  end


  always @(posedge clk) begin
    if(T109) begin
      xact_buffer_0_client_xact_id[1] <= io_inner_acquire_bits_client_xact_id[1];
    end 
  end


  always @(posedge clk) begin
    if(T109) begin
      xact_buffer_0_client_xact_id[0] <= io_inner_acquire_bits_client_xact_id[0];
    end 
  end


  always @(posedge clk) begin
    if(T111) begin
      xact_buffer_1_client_xact_id[5] <= io_inner_acquire_bits_client_xact_id[5];
    end 
  end


  always @(posedge clk) begin
    if(T111) begin
      xact_buffer_1_client_xact_id[4] <= io_inner_acquire_bits_client_xact_id[4];
    end 
  end


  always @(posedge clk) begin
    if(T111) begin
      xact_buffer_1_client_xact_id[3] <= io_inner_acquire_bits_client_xact_id[3];
    end 
  end


  always @(posedge clk) begin
    if(T111) begin
      xact_buffer_1_client_xact_id[2] <= io_inner_acquire_bits_client_xact_id[2];
    end 
  end


  always @(posedge clk) begin
    if(T111) begin
      xact_buffer_1_client_xact_id[1] <= io_inner_acquire_bits_client_xact_id[1];
    end 
  end


  always @(posedge clk) begin
    if(T111) begin
      xact_buffer_1_client_xact_id[0] <= io_inner_acquire_bits_client_xact_id[0];
    end 
  end


  always @(posedge clk) begin
    if(T115) begin
      xact_buffer_2_client_xact_id[5] <= io_inner_acquire_bits_client_xact_id[5];
    end 
  end


  always @(posedge clk) begin
    if(T115) begin
      xact_buffer_2_client_xact_id[4] <= io_inner_acquire_bits_client_xact_id[4];
    end 
  end


  always @(posedge clk) begin
    if(T115) begin
      xact_buffer_2_client_xact_id[3] <= io_inner_acquire_bits_client_xact_id[3];
    end 
  end


  always @(posedge clk) begin
    if(T115) begin
      xact_buffer_2_client_xact_id[2] <= io_inner_acquire_bits_client_xact_id[2];
    end 
  end


  always @(posedge clk) begin
    if(T115) begin
      xact_buffer_2_client_xact_id[1] <= io_inner_acquire_bits_client_xact_id[1];
    end 
  end


  always @(posedge clk) begin
    if(T115) begin
      xact_buffer_2_client_xact_id[0] <= io_inner_acquire_bits_client_xact_id[0];
    end 
  end


  always @(posedge clk) begin
    if(T117) begin
      xact_buffer_3_client_xact_id[5] <= io_inner_acquire_bits_client_xact_id[5];
    end 
  end


  always @(posedge clk) begin
    if(T117) begin
      xact_buffer_3_client_xact_id[4] <= io_inner_acquire_bits_client_xact_id[4];
    end 
  end


  always @(posedge clk) begin
    if(T117) begin
      xact_buffer_3_client_xact_id[3] <= io_inner_acquire_bits_client_xact_id[3];
    end 
  end


  always @(posedge clk) begin
    if(T117) begin
      xact_buffer_3_client_xact_id[2] <= io_inner_acquire_bits_client_xact_id[2];
    end 
  end


  always @(posedge clk) begin
    if(T117) begin
      xact_buffer_3_client_xact_id[1] <= io_inner_acquire_bits_client_xact_id[1];
    end 
  end


  always @(posedge clk) begin
    if(T117) begin
      xact_buffer_3_client_xact_id[0] <= io_inner_acquire_bits_client_xact_id[0];
    end 
  end


  always @(posedge clk) begin
    if(T123) begin
      xact_buffer_4_client_xact_id[5] <= io_inner_acquire_bits_client_xact_id[5];
    end 
  end


  always @(posedge clk) begin
    if(T123) begin
      xact_buffer_4_client_xact_id[4] <= io_inner_acquire_bits_client_xact_id[4];
    end 
  end


  always @(posedge clk) begin
    if(T123) begin
      xact_buffer_4_client_xact_id[3] <= io_inner_acquire_bits_client_xact_id[3];
    end 
  end


  always @(posedge clk) begin
    if(T123) begin
      xact_buffer_4_client_xact_id[2] <= io_inner_acquire_bits_client_xact_id[2];
    end 
  end


  always @(posedge clk) begin
    if(T123) begin
      xact_buffer_4_client_xact_id[1] <= io_inner_acquire_bits_client_xact_id[1];
    end 
  end


  always @(posedge clk) begin
    if(T123) begin
      xact_buffer_4_client_xact_id[0] <= io_inner_acquire_bits_client_xact_id[0];
    end 
  end


  always @(posedge clk) begin
    if(T125) begin
      xact_buffer_5_client_xact_id[5] <= io_inner_acquire_bits_client_xact_id[5];
    end 
  end


  always @(posedge clk) begin
    if(T125) begin
      xact_buffer_5_client_xact_id[4] <= io_inner_acquire_bits_client_xact_id[4];
    end 
  end


  always @(posedge clk) begin
    if(T125) begin
      xact_buffer_5_client_xact_id[3] <= io_inner_acquire_bits_client_xact_id[3];
    end 
  end


  always @(posedge clk) begin
    if(T125) begin
      xact_buffer_5_client_xact_id[2] <= io_inner_acquire_bits_client_xact_id[2];
    end 
  end


  always @(posedge clk) begin
    if(T125) begin
      xact_buffer_5_client_xact_id[1] <= io_inner_acquire_bits_client_xact_id[1];
    end 
  end


  always @(posedge clk) begin
    if(T125) begin
      xact_buffer_5_client_xact_id[0] <= io_inner_acquire_bits_client_xact_id[0];
    end 
  end


  always @(posedge clk) begin
    if(T129) begin
      xact_buffer_6_client_xact_id[5] <= io_inner_acquire_bits_client_xact_id[5];
    end 
  end


  always @(posedge clk) begin
    if(T129) begin
      xact_buffer_6_client_xact_id[4] <= io_inner_acquire_bits_client_xact_id[4];
    end 
  end


  always @(posedge clk) begin
    if(T129) begin
      xact_buffer_6_client_xact_id[3] <= io_inner_acquire_bits_client_xact_id[3];
    end 
  end


  always @(posedge clk) begin
    if(T129) begin
      xact_buffer_6_client_xact_id[2] <= io_inner_acquire_bits_client_xact_id[2];
    end 
  end


  always @(posedge clk) begin
    if(T129) begin
      xact_buffer_6_client_xact_id[1] <= io_inner_acquire_bits_client_xact_id[1];
    end 
  end


  always @(posedge clk) begin
    if(T129) begin
      xact_buffer_6_client_xact_id[0] <= io_inner_acquire_bits_client_xact_id[0];
    end 
  end


  always @(posedge clk) begin
    if(T131) begin
      xact_buffer_7_client_xact_id[5] <= io_inner_acquire_bits_client_xact_id[5];
    end 
  end


  always @(posedge clk) begin
    if(T131) begin
      xact_buffer_7_client_xact_id[4] <= io_inner_acquire_bits_client_xact_id[4];
    end 
  end


  always @(posedge clk) begin
    if(T131) begin
      xact_buffer_7_client_xact_id[3] <= io_inner_acquire_bits_client_xact_id[3];
    end 
  end


  always @(posedge clk) begin
    if(T131) begin
      xact_buffer_7_client_xact_id[2] <= io_inner_acquire_bits_client_xact_id[2];
    end 
  end


  always @(posedge clk) begin
    if(T131) begin
      xact_buffer_7_client_xact_id[1] <= io_inner_acquire_bits_client_xact_id[1];
    end 
  end


  always @(posedge clk) begin
    if(T131) begin
      xact_buffer_7_client_xact_id[0] <= io_inner_acquire_bits_client_xact_id[0];
    end 
  end


  always @(posedge clk) begin
    if(T136) begin
      xact_buffer_8_client_xact_id[5] <= io_inner_acquire_bits_client_xact_id[5];
    end 
  end


  always @(posedge clk) begin
    if(T136) begin
      xact_buffer_8_client_xact_id[4] <= io_inner_acquire_bits_client_xact_id[4];
    end 
  end


  always @(posedge clk) begin
    if(T136) begin
      xact_buffer_8_client_xact_id[3] <= io_inner_acquire_bits_client_xact_id[3];
    end 
  end


  always @(posedge clk) begin
    if(T136) begin
      xact_buffer_8_client_xact_id[2] <= io_inner_acquire_bits_client_xact_id[2];
    end 
  end


  always @(posedge clk) begin
    if(T136) begin
      xact_buffer_8_client_xact_id[1] <= io_inner_acquire_bits_client_xact_id[1];
    end 
  end


  always @(posedge clk) begin
    if(T136) begin
      xact_buffer_8_client_xact_id[0] <= io_inner_acquire_bits_client_xact_id[0];
    end 
  end

  assign T4 = { 1'b0, 1'b0, 1'b0, 1'b0, 1'b0, 1'b0, 1'b0, 1'b0, 1'b1 } << io_outer_grant_bits_client_xact_id;
  assign T58 = { 1'b0, 1'b0, 1'b0, 1'b0, 1'b0, 1'b0, 1'b0, 1'b0, 1'b1 } << io_outer_acquire_bits_client_xact_id;
  assign T27 = { 1'b0, 1'b0, 1'b0, 1'b0, 1'b0, 1'b0, 1'b0, 1'b0, 1'b1 } << io_outer_acquire_bits_client_xact_id;
  assign T23 = { 1'b0, 1'b0, 1'b0, 1'b0, 1'b0, 1'b0, 1'b0, 1'b0, 1'b1 } << io_inner_finish_bits_manager_xact_id;
  assign N65 = io_inner_acquire_bits_addr_beat[0] | io_inner_acquire_bits_addr_beat[1];
  assign N66 = ~N65;
  assign N67 = io_inner_acquire_bits_addr_beat[0] & io_inner_acquire_bits_addr_beat[1];
  assign N68 = io_inner_acquire_bits_addr_beat[0] & io_inner_acquire_bits_addr_beat[1];
  assign N69 = ~io_inner_acquire_bits_a_type[1];
  assign N70 = ~io_inner_acquire_bits_a_type[0];
  assign N71 = N69 | io_inner_acquire_bits_a_type[2];
  assign N72 = N70 | N71;
  assign N73 = ~N72;
  assign N74 = N69 | io_inner_acquire_bits_a_type[2];
  assign N75 = N70 | N74;
  assign N76 = ~N75;
  assign N77 = io_inner_acquire_bits_addr_beat[0] & io_inner_acquire_bits_addr_beat[1];
  assign N78 = io_outer_grant_bits_addr_beat[0] & io_outer_grant_bits_addr_beat[1];
  assign N79 = io_outer_grant_bits_g_type[2] | io_outer_grant_bits_g_type[3];
  assign N80 = io_outer_grant_bits_g_type[1] | N79;
  assign N81 = io_outer_grant_bits_g_type[0] | N80;
  assign N82 = ~N81;
  assign N83 = T150[7] & T150[8];
  assign N84 = T150[6] & N83;
  assign N85 = T150[5] & N84;
  assign N86 = T150[4] & N85;
  assign N87 = T150[3] & N86;
  assign N88 = T150[2] & N87;
  assign N89 = T150[1] & N88;
  assign N90 = T150[0] & N89;
  assign N91 = N69 | io_inner_acquire_bits_a_type[2];
  assign N92 = N70 | N91;
  assign N93 = ~N92;
  assign N94 = ~io_outer_grant_bits_g_type[2];
  assign N95 = ~io_outer_grant_bits_g_type[0];
  assign N96 = N94 | io_outer_grant_bits_g_type[3];
  assign N97 = io_outer_grant_bits_g_type[1] | N96;
  assign N98 = N95 | N97;
  assign N99 = ~N98;
  assign N100 = io_outer_grant_bits_g_type[2] | io_outer_grant_bits_g_type[3];
  assign N101 = io_outer_grant_bits_g_type[1] | N100;
  assign N102 = io_outer_grant_bits_g_type[0] | N101;
  assign N103 = ~N102;
  assign N104 = io_outer_grant_bits_g_type[2] | io_outer_grant_bits_g_type[3];
  assign N105 = io_outer_grant_bits_g_type[1] | N104;
  assign N106 = N95 | N105;
  assign N107 = ~N106;
  assign T49 = io_inner_finish_bits_manager_xact_id - io_inner_finish_bits_manager_xact_id;
  assign T48 = T49 + 1'b1;
  assign T46 = T47 ^ 1'b1;
  assign io_outer_acquire_bits_client_xact_id = (N0)? xact_id_reg : 
                                                (N1)? T139 : 1'b0;
  assign N0 = xact_multibeat;
  assign N1 = N34;
  assign T139 = (N2)? { 1'b0, 1'b0, 1'b0, 1'b0 } : 
                (N3)? T140 : 1'b0;
  assign N2 = T0[0];
  assign N3 = N35;
  assign T140 = (N4)? { 1'b0, 1'b0, 1'b0, 1'b1 } : 
                (N5)? T141 : 1'b0;
  assign N4 = T0[1];
  assign N5 = N36;
  assign T141 = (N6)? { 1'b0, 1'b0, 1'b1, 1'b0 } : 
                (N7)? T142 : 1'b0;
  assign N6 = T0[2];
  assign N7 = N37;
  assign T142 = (N8)? { 1'b0, 1'b0, 1'b1, 1'b1 } : 
                (N9)? T143 : 1'b0;
  assign N8 = T0[3];
  assign N9 = N38;
  assign T143 = (N10)? { 1'b0, 1'b1, 1'b0, 1'b0 } : 
                (N11)? T144 : 1'b0;
  assign N10 = T0[4];
  assign N11 = N39;
  assign T144 = (N12)? { 1'b0, 1'b1, 1'b0, 1'b1 } : 
                (N13)? T145 : 1'b0;
  assign N12 = T0[5];
  assign N13 = N40;
  assign T145 = (N14)? { 1'b0, 1'b1, 1'b1, 1'b0 } : 
                (N15)? { T146, T146[2:2], T146[2:2] } : 1'b0;
  assign N14 = T0[6];
  assign N15 = N41;
  assign T148 = (N16)? { 1'b0, 1'b0, 1'b0, 1'b0, 1'b0, 1'b0, 1'b0, 1'b0, 1'b0 } : 
                (N17)? T1 : 1'b0;
  assign N16 = reset;
  assign N17 = N43;
  assign T3 = (N18)? T4 : 
              (N19)? { 1'b0, 1'b0, 1'b0, 1'b0, 1'b0, 1'b0, 1'b0, 1'b0, 1'b0 } : 1'b0;
  assign N18 = T5;
  assign N19 = N44;
  assign T14 = (N20)? N99 : 
               (N21)? T15 : 1'b0;
  assign N20 = io_outer_grant_bits_is_builtin_type;
  assign N21 = N45;
  assign T22 = (N22)? T23 : 
               (N23)? { 1'b0, 1'b0, 1'b0, 1'b0, 1'b0, 1'b0, 1'b0, 1'b0, 1'b0 } : 1'b0;
  assign N22 = T24;
  assign N23 = N46;
  assign T26 = (N24)? T27 : 
               (N25)? { 1'b0, 1'b0, 1'b0, 1'b0, 1'b0, 1'b0, 1'b0, 1'b0, 1'b0 } : 1'b0;
  assign N24 = T28;
  assign N25 = N47;
  assign io_inner_grant_bits_client_id = (N26)? xact_buffer_8_client_id : 
                                         (N27)? T52 : 1'b0;
  assign N26 = io_outer_grant_bits_client_xact_id[3];
  assign N27 = N51;
  assign T52 = (N28)? T81 : 
               (N29)? T53 : 1'b0;
  assign N28 = io_outer_grant_bits_client_xact_id[2];
  assign N29 = N52;
  assign T53 = (N30)? T72 : 
               (N31)? T54 : 1'b0;
  assign N30 = io_outer_grant_bits_client_xact_id[1];
  assign N31 = N53;
  assign T54 = (N32)? xact_buffer_1_client_id : 
               (N33)? xact_buffer_0_client_id : 1'b0;
  assign N32 = io_outer_grant_bits_client_xact_id[0];
  assign N33 = N54;
  assign T72 = (N32)? xact_buffer_3_client_id : 
               (N33)? xact_buffer_2_client_id : 1'b0;
  assign T81 = (N30)? T90 : 
               (N31)? T82 : 1'b0;
  assign T82 = (N32)? xact_buffer_5_client_id : 
               (N33)? xact_buffer_4_client_id : 1'b0;
  assign T90 = (N32)? xact_buffer_7_client_id : 
               (N33)? xact_buffer_6_client_id : 1'b0;
  assign io_inner_grant_bits_client_xact_id = (N26)? xact_buffer_8_client_xact_id : 
                                              (N27)? T105 : 1'b0;
  assign T105 = (N28)? T120 : 
                (N29)? T106 : 1'b0;
  assign T106 = (N30)? T113 : 
                (N31)? T107 : 1'b0;
  assign T107 = (N32)? xact_buffer_1_client_xact_id : 
                (N33)? xact_buffer_0_client_xact_id : 1'b0;
  assign T113 = (N32)? xact_buffer_3_client_xact_id : 
                (N33)? xact_buffer_2_client_xact_id : 1'b0;
  assign T120 = (N30)? T127 : 
                (N31)? T121 : 1'b0;
  assign T121 = (N32)? xact_buffer_5_client_xact_id : 
                (N33)? xact_buffer_4_client_xact_id : 1'b0;
  assign T127 = (N32)? xact_buffer_7_client_xact_id : 
                (N33)? xact_buffer_6_client_xact_id : 1'b0;
  assign N58 = (N16)? 1'b1 : 
               (N61)? 1'b1 : 
               (N64)? 1'b1 : 
               (N57)? 1'b0 : 1'b0;
  assign N59 = (N16)? 1'b0 : 
               (N61)? 1'b0 : 
               (N64)? 1'b1 : 1'b0;
  assign N34 = ~xact_multibeat;
  assign N35 = ~T0[0];
  assign N36 = ~T0[1];
  assign N37 = ~T0[2];
  assign N38 = ~T0[3];
  assign N39 = ~T0[4];
  assign N40 = ~T0[5];
  assign N41 = ~T0[6];
  assign N42 = ~T0[7];
  assign T146[2] = T0[7];
  assign T146[3] = N42;
  assign T0[7] = ~T150[7];
  assign T0[6] = ~T150[6];
  assign T0[5] = ~T150[5];
  assign T0[4] = ~T150[4];
  assign T0[3] = ~T150[3];
  assign T0[2] = ~T150[2];
  assign T0[1] = ~T150[1];
  assign T0[0] = ~T150[0];
  assign N43 = ~reset;
  assign T1[8] = T20[8] & T2[8];
  assign T1[7] = T20[7] & T2[7];
  assign T1[6] = T20[6] & T2[6];
  assign T1[5] = T20[5] & T2[5];
  assign T1[4] = T20[4] & T2[4];
  assign T1[3] = T20[3] & T2[3];
  assign T1[2] = T20[2] & T2[2];
  assign T1[1] = T20[1] & T2[1];
  assign T1[0] = T20[0] & T2[0];
  assign T2[8] = ~T3[8];
  assign T2[7] = ~T3[7];
  assign T2[6] = ~T3[6];
  assign T2[5] = ~T3[5];
  assign T2[4] = ~T3[4];
  assign T2[3] = ~T3[3];
  assign T2[2] = ~T3[2];
  assign T2[1] = ~T3[1];
  assign T2[0] = ~T3[0];
  assign N44 = ~T5;
  assign T5 = T10 & T6;
  assign T6 = ~T7;
  assign T7 = ~T8;
  assign T8 = io_outer_grant_bits_is_builtin_type & N82;
  assign T10 = T19 & T11;
  assign T11 = T13 | N78;
  assign T13 = ~T14;
  assign N45 = ~io_outer_grant_bits_is_builtin_type;
  assign T15 = N103 | N107;
  assign T19 = io_inner_grant_ready & io_outer_grant_valid;
  assign T20[8] = T25[8] & T21[8];
  assign T20[7] = T25[7] & T21[7];
  assign T20[6] = T25[6] & T21[6];
  assign T20[5] = T25[5] & T21[5];
  assign T20[4] = T25[4] & T21[4];
  assign T20[3] = T25[3] & T21[3];
  assign T20[2] = T25[2] & T21[2];
  assign T20[1] = T25[1] & T21[1];
  assign T20[0] = T25[0] & T21[0];
  assign T21[8] = ~T22[8];
  assign T21[7] = ~T22[7];
  assign T21[6] = ~T22[6];
  assign T21[5] = ~T22[5];
  assign T21[4] = ~T22[4];
  assign T21[3] = ~T22[3];
  assign T21[2] = ~T22[2];
  assign T21[1] = ~T22[1];
  assign T21[0] = ~T22[0];
  assign N46 = ~T24;
  assign T24 = io_inner_finish_ready & io_inner_finish_valid;
  assign T25[8] = T150[8] | T26[8];
  assign T25[7] = T150[7] | T26[7];
  assign T25[6] = T150[6] | T26[6];
  assign T25[5] = T150[5] | T26[5];
  assign T25[4] = T150[4] | T26[4];
  assign T25[3] = T150[3] | T26[3];
  assign T25[2] = T150[2] | T26[2];
  assign T25[1] = T150[1] | T26[1];
  assign T25[0] = T150[0] | T26[0];
  assign N47 = ~T28;
  assign T28 = T34 & T29;
  assign T29 = T31 | N77;
  assign T31 = ~T32;
  assign T32 = io_inner_acquire_bits_is_builtin_type & N93;
  assign T34 = io_outer_acquire_ready & io_outer_acquire_valid;
  assign multibeat_start = multibeat_fire & N66;
  assign multibeat_fire = T39 & T37;
  assign T37 = io_inner_acquire_bits_is_builtin_type & N73;
  assign T39 = io_outer_acquire_ready & io_outer_acquire_valid;
  assign multibeat_end = multibeat_fire & N67;
  assign io_outer_acquire_valid = io_inner_acquire_valid & xact_free;
  assign xact_free = ~N90;
  assign io_inner_finish_ready = T50 & T46;
  assign N48 = T48[0] | T48[1];
  assign N49 = N48 | T48[2];
  assign N50 = N49 | T48[3];
  assign T47 = ~N50;
  assign N51 = ~io_outer_grant_bits_client_xact_id[3];
  assign N52 = ~io_outer_grant_bits_client_xact_id[2];
  assign N53 = ~io_outer_grant_bits_client_xact_id[1];
  assign N54 = ~io_outer_grant_bits_client_xact_id[0];
  assign T56 = T60 & T58[0];
  assign T60 = T66 & T61;
  assign T61 = T63 | N68;
  assign T63 = ~T64;
  assign T64 = io_inner_acquire_bits_is_builtin_type & N76;
  assign T66 = io_outer_acquire_ready & io_outer_acquire_valid;
  assign T68 = T60 & T58[1];
  assign T74 = T60 & T58[2];
  assign T77 = T60 & T58[3];
  assign T84 = T60 & T58[4];
  assign T87 = T60 & T58[5];
  assign T92 = T60 & T58[6];
  assign T95 = T60 & T58[7];
  assign T101 = T60 & T58[8];
  assign T109 = T60 & T58[0];
  assign T111 = T60 & T58[1];
  assign T115 = T60 & T58[2];
  assign T117 = T60 & T58[3];
  assign T123 = T60 & T58[4];
  assign T125 = T60 & T58[5];
  assign T129 = T60 & T58[6];
  assign T131 = T60 & T58[7];
  assign T136 = T60 & T58[8];
  assign io_inner_acquire_ready = io_outer_acquire_ready & xact_free;
  assign N55 = multibeat_end | reset;
  assign N56 = multibeat_start | N55;
  assign N57 = ~N56;
  assign N60 = ~reset;
  assign N61 = multibeat_end & N60;
  assign N62 = ~multibeat_end;
  assign N63 = N60 & N62;
  assign N64 = multibeat_start & N63;

endmodule